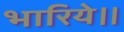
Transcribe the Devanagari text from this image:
भारिये।।